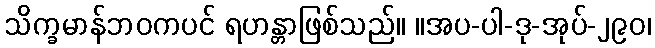
သိက္ခမာန်ဘဝကပင် ရဟန္တာဖြစ်သည်။ ။အပ-ပါ-ဒု-အုပ်-၂၉၀၊